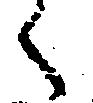
く